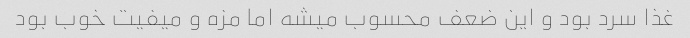
غذا سرد بود و این ضعف محسوب میشه اما مزه و میفیت خوب بود